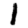
Digit: 1